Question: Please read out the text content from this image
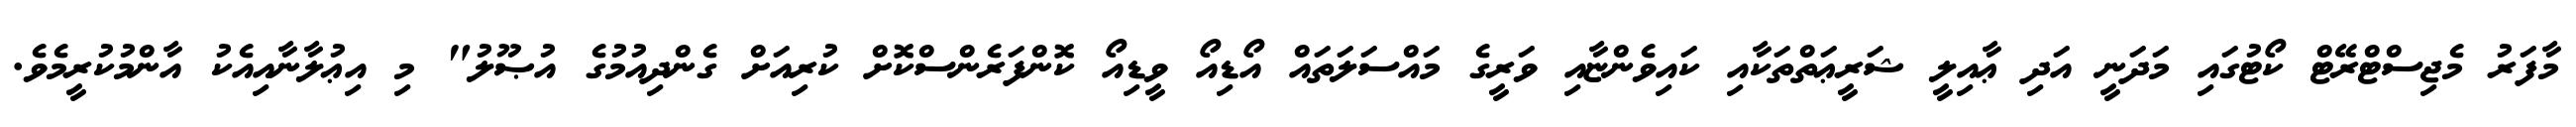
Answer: މާފަރު މެޖިސްޓްރޭޓް ކޯޓުގައި މަދަނީ އަދި ޢާއިލީ ޝަރީޢަތްތަކާއި ކައިވެންޏާއި ވަރީގެ މައްސަލަތައް އޯޑިއޯ ވީޑިއޯ ކޮންފަރެންސްކޮށް ކުރިއަށް ގެންދިއުމުގެ އުޞޫލު" މި އިޢުލާނާއިއެކު އާންމުކުރީމެވެ.